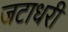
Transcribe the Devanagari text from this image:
जटाधरी